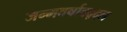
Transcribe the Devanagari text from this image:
जन्मवर्षाबद्दल